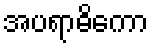
အပရာဓိကော